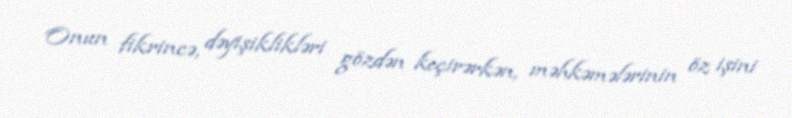
Onun fikrincə, dəyişiklikləri gözdən keçirərkən, məhkəmələrinin öz işini